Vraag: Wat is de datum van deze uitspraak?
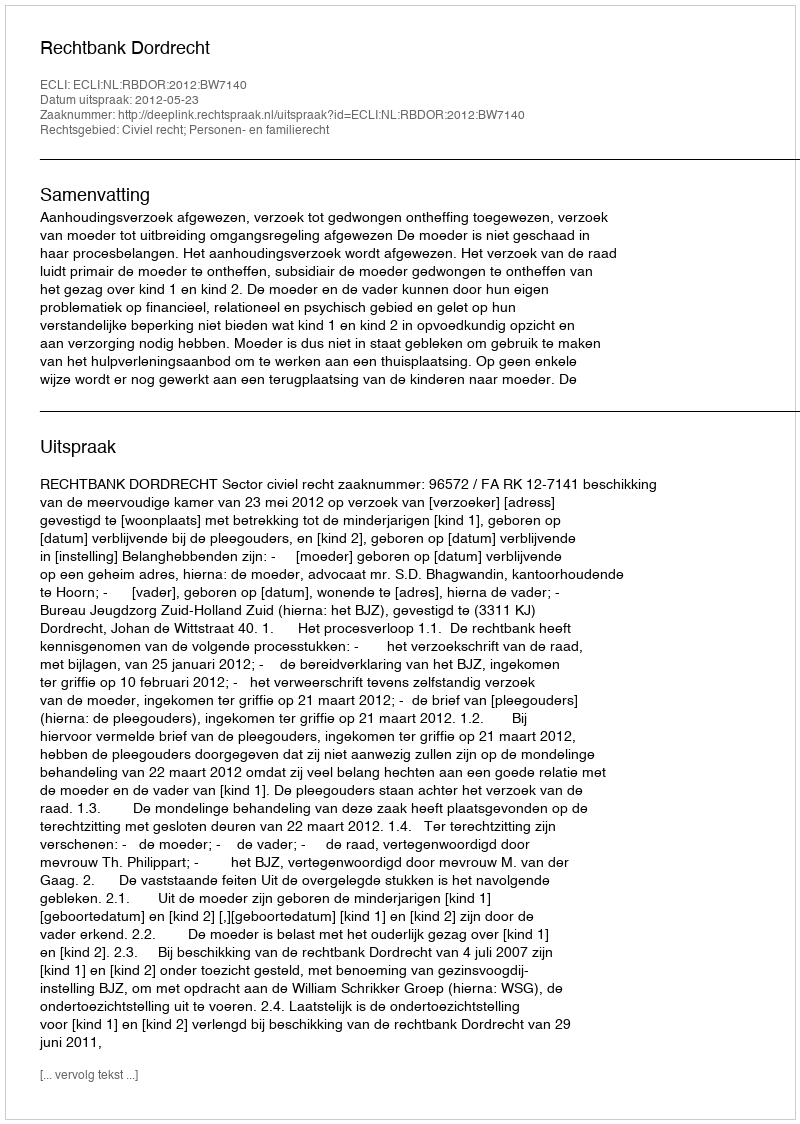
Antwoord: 2012-05-23